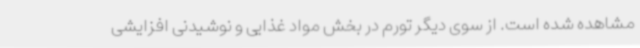
مشاهده شده است. از سوی دیگر تورم در بخش مواد غذایی و نوشیدنی افزایشی